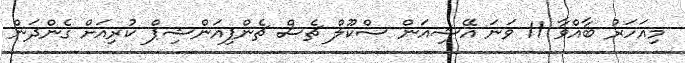
މިއަހަރު ބާއްވާ 11 ވަނަ އޭޝިއަން ސްކޫލް ޗެސް ޗެންޕިއަންޝިޕް ކުރިއަށް ގެންދަން